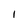
Character: 1